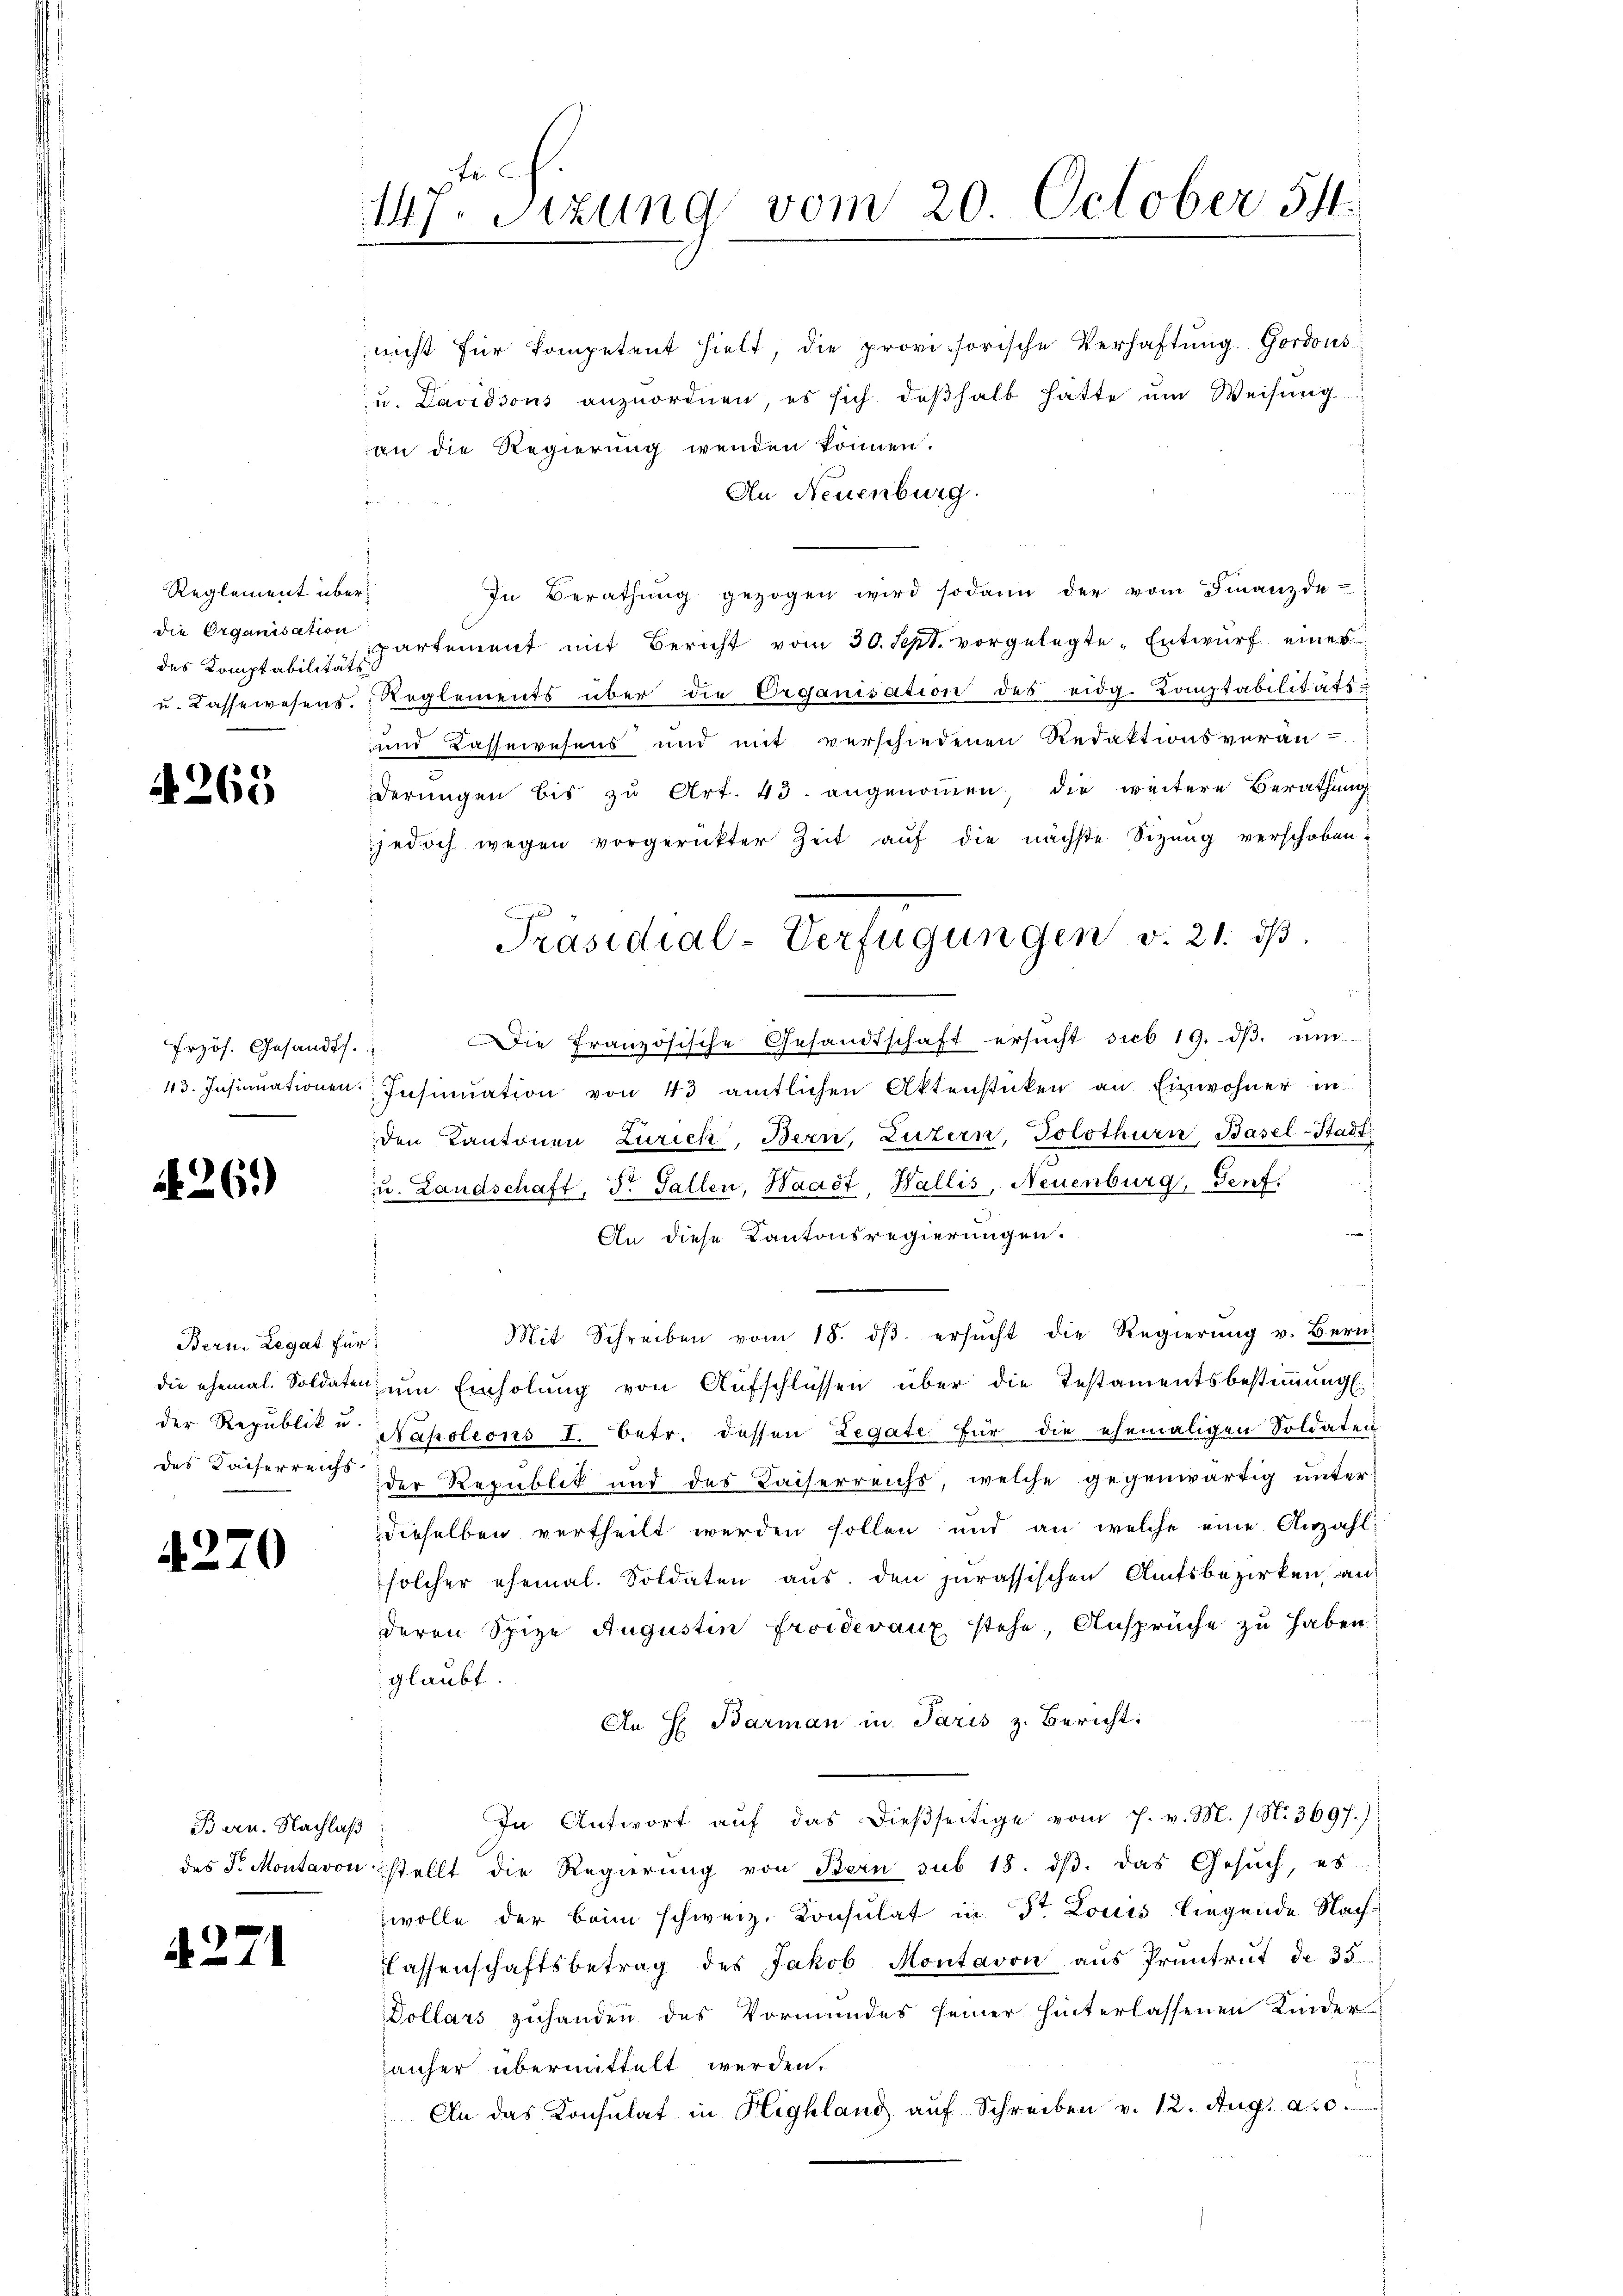
Reglement überdes Komptabilitäts

4265

Przös. Gesandts

A.26.)

Bern. Legat für

4270

Bern. Nachlaß

A.271

tech
147. Sitzung vom 20. October 511.

nicht für Kompetent hielt, die provisorische Verhaftung. Gordons
u. Davidsous anzŭordnen, es sich deβhalb hatte ŭm Weisŭng
an die Regierung wenden können.
An Neuenburg.
In Berathŭng gezogen wird sodann der vom Finanzde-
die Organisation partement mit Bericht vom 30. Sept. vorgelegte Entwurf eines
u. Cassewesens. Reglements über die Organisation des eidg. Komptabilitäts-
und Cassewesens und mit verschiedenen Redaktionsverän-
derungen bis zu Art. 43. angenommen, die weitere Berathung
jedoch wegen vorgerückter Zeit auf die nächste Sitzung verschoben.
d
Die französische Gesandtschaft ersucht sub 19. dβ. um
43. Insinuationen Insinuation von 43 amtlichen Aktenstücken an Einwohner in
den Kantonen Zürich, Bern, Luzern, Solothurn, Basel-Stadt
u. Landschaft, Dr. Gallen, Waadt, Wallis, Neuenburg, Genf.
An diese Kantonsregierungen.
l
Mit Schreiben vom 18. dβ ersŭcht die Regierŭng u. Bern
die ehemal. Soldaten, um Einholung von Aufschlüssen über die Testamentsbestimmung
der Republit u. Napoleons I. betr. dessen Legate für die ehemaligen Soldaten
des Kaiserreichs der Republik und des Kaiserreichs, welche gegenwärtig unter
dieselben vertheilt werden sollen und an welche eine Anzahl-
solcher ehemal. Soldaten aus den jurassischen Amtsbezirken, an
deren Spize Augustin froidevanz stehe, Ansprüche zu haben!
glaubt.
An H. Barman in Paris z. Bericht:
In Antwort aŭf das dießseitige vom 7. v. M. / N. 3697.):
des J. Montavon stellt die Regierŭng von Bern sub 15. dβ. das Gesŭch, es
wolle der beim schweiz. Konsulat in St. Louis liegende Nach¬
Classenschaftsbetrag des Jakob Montavon aus Pruntrut de 35.
Dollars zuhanden des Vormundes seiner hinterlassenen Kinder
anher übermittelt werden.
An das Konsulat in Highland auf Schreiben v. 12. Aug. a. 0.

Präsidial-Verfügungen v. 21. dβ.